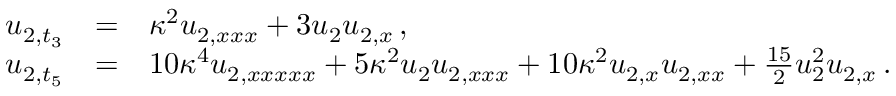
\begin{array} { r c l } { { u _ { 2 , t _ { 3 } } } } & { { = } } & { { \kappa ^ { 2 } u _ { 2 , x x x } + 3 u _ { 2 } u _ { 2 , x } \, , } } \\ { { u _ { 2 , t _ { 5 } } } } & { { = } } & { { 1 0 \kappa ^ { 4 } u _ { 2 , x x x x x } + 5 \kappa ^ { 2 } u _ { 2 } u _ { 2 , x x x } + 1 0 \kappa ^ { 2 } u _ { 2 , x } u _ { 2 , x x } + \frac { 1 5 } { 2 } u _ { 2 } ^ { 2 } u _ { 2 , x } \, . } } \end{array}